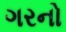
ગરનો